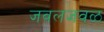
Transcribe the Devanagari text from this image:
जवलजवळ